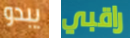
يبدو راقبي